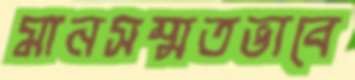
মানসম্মতভাবে